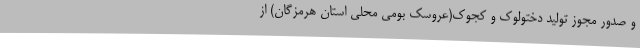
و صدور مجوز تولید دختولوک و کجوک(عروسک بومی محلی استان هرمزگان) از